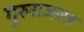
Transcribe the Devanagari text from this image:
गुरुराजसह